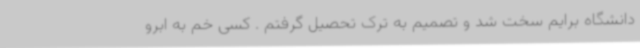
دانشگاه برایم سخت شد و تصمیم به ترک تحصیل گرفتم . کسی خم به ابرو